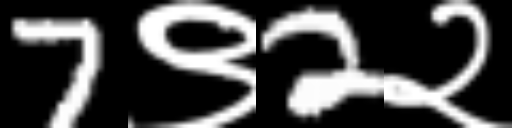
Text: 7९2२